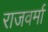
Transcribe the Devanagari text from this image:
राजवर्मा